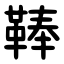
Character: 䩬